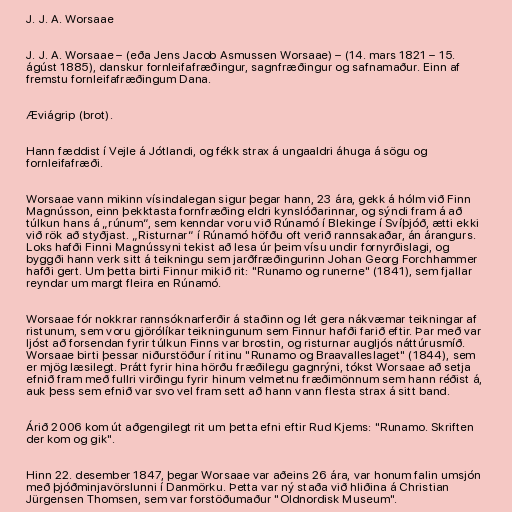
J. J. A. Worsaae

J. J. A. Worsaae – (eða Jens Jacob Asmussen Worsaae) – (14. mars 1821 – 15.
ágúst 1885), danskur fornleifafræðingur, sagnfræðingur og safnamaður. Einn af
fremstu fornleifafræðingum Dana.

Æviágrip (brot).

Hann fæddist í Vejle á Jótlandi, og fékk strax á ungaaldri áhuga á sögu og
fornleifafræði.

Worsaae vann mikinn vísindalegan sigur þegar hann, 23 ára, gekk á hólm við Finn
Magnússon, einn þekktasta fornfræðing eldri kynslóðarinnar, og sýndi fram á að
túlkun hans á „rúnum“, sem kenndar voru við Rúnamó í Blekinge í Svíþjóð, ætti ekki
við rök að styðjast. „Risturnar“ í Rúnamó höfðu oft verið rannsakaðar, án árangurs.
Loks hafði Finni Magnússyni tekist að lesa úr þeim vísu undir fornyrðislagi, og
byggði hann verk sitt á teikningu sem jarðfræðingurinn Johan Georg Forchhammer
hafði gert. Um þetta birti Finnur mikið rit: "Runamo og runerne" (1841), sem fjallar
reyndar um margt fleira en Rúnamó.

Worsaae fór nokkrar rannsóknarferðir á staðinn og lét gera nákvæmar teikningar af
ristunum, sem voru gjörólíkar teikningunum sem Finnur hafði farið eftir. Þar með var
ljóst að forsendan fyrir túlkun Finns var brostin, og risturnar augljós náttúrusmíð.
Worsaae birti þessar niðurstöður í ritinu "Runamo og Braavalleslaget" (1844), sem
er mjög læsilegt. Þrátt fyrir hina hörðu fræðilegu gagnrýni, tókst Worsaae að setja
efnið fram með fullri virðingu fyrir hinum velmetnu fræðimönnum sem hann réðist á,
auk þess sem efnið var svo vel fram sett að hann vann flesta strax á sitt band.

Árið 2006 kom út aðgengilegt rit um þetta efni eftir Rud Kjems: "Runamo. Skriften
der kom og gik".

Hinn 22. desember 1847, þegar Worsaae var aðeins 26 ára, var honum falin umsjón
með þjóðminjavörslunni í Danmörku. Þetta var ný staða við hliðina á Christian
Jürgensen Thomsen, sem var forstöðumaður "Oldnordisk Museum".